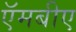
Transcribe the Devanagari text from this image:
ऍमबीए